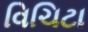
વિચિટા